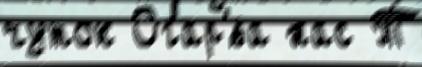
чуток Огар'́ва нас Т